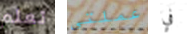
تعلم عملتي في